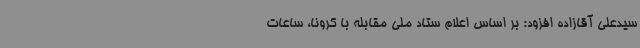
سیدعلی آقازاده افزود: بر اساس اعلام ستاد ملی مقابله با کرونا، ساعات